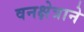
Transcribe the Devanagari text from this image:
वनक्षेत्राने